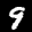
Label: 9